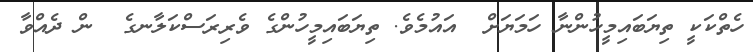
ހެތްކަކީ ތިޔަބައިމީހުންނާ ހަމަޔަށް  އައުމެވެ. ތިޔަބައިމީހުންގެ ވެރިރަސްކަލާނގެ  ން ދެއްވާ